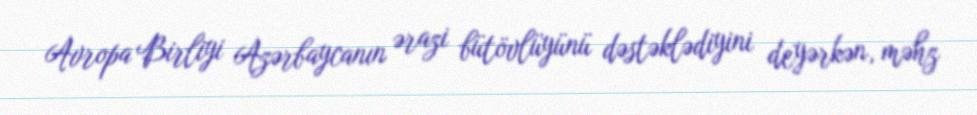
Avropa Birliyi Azərbaycanın ərazi bütövlüyünü dəstəklədiyini deyərkən, məhz